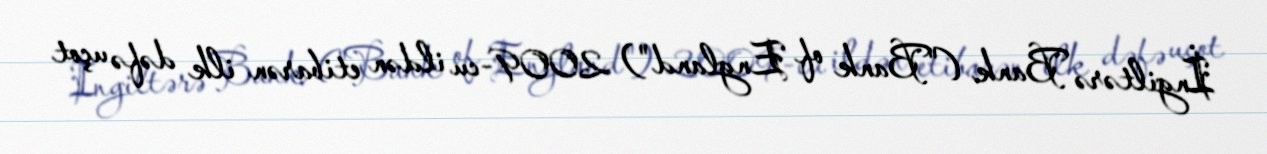
İngiltərə Bank ("Bank of England") 2009-cu ildən etibarən ilk dəfə uçot